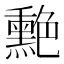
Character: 𦫯